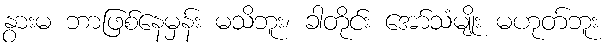
နွားမ ဘာဖြစ်နေမှန်း မသိဘူး၊ ခါတိုင်း အော်သံမျိုး မဟုတ်ဘူး